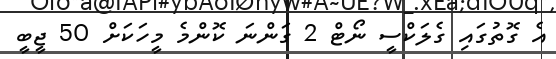
އެ ގޮތުގައި ގެލަކްސީ ނޯޓް 2 ގަންނަ ކޮންމެ މީހަކަށް 50 ޖީބީ